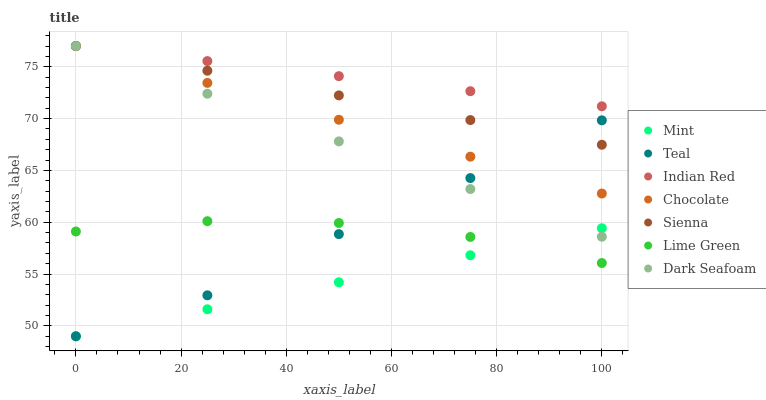
| xaxis_label | Mint | Teal | Indian Red | Chocolate | Sienna | Lime Green | Dark Seafoam |
 | --- | --- | --- | --- | --- | --- | --- | --- |
 | 0 | 49 | 49 | 77 | 77 | 77 | 59.1 | 77 |
 | 25 | 51.6 | 52.9 | 75.5 | 73.4 | 74.6 | 60.1 | 72.4 |
 | 50 | 54.2 | 58.9 | 74.1 | 69.9 | 72.2 | 59.9 | 67.8 |
 | 75 | 56.8 | 64.3 | 72.6 | 66.3 | 69.9 | 58.6 | 63.2 |
 | 100 | 59.4 | 69.8 | 71.2 | 62.8 | 67.5 | 56.1 | 58.6 |